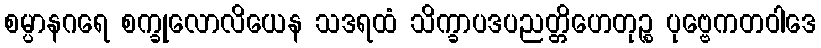
စမ္ပာနဂရေ စက္ခုလောလိယေန သဒရထံ သိက္ခာပဒပညတ္တိဟေတုဉ္စ ပုဗ္ဗေကတဝါဒေ